Indian journal of veterinary science and animal husbandry - Volume 5,
Year: 1935
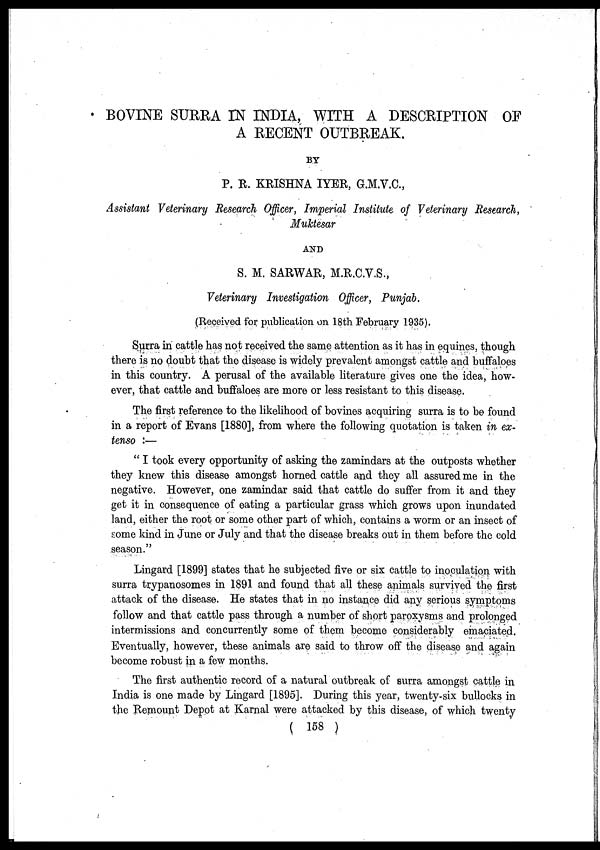
BOVINE SURRA IN INDIA, WITH A DESCRIPTION OF
A RECENT OUTBREAK.
BY
P. R. KRISHNA IYER, G.M.V.C.,
Assistant Veterinary Research Officer, Imperial Institute of Veterinary Research,
Muktesar
AND
S. M. SARWAR, M.R.C.V.S.,
Veterinary Investigation Officer, Punjab.
(Received for publication on 18th February 1935).
Surra in cattle has not received the same attention as it has in equines, though
there is no doubt that the disease is widely prevalent amongst cattle and buffaloes
in this country. A perusal of the available literature gives one the idea, how-
ever, that cattle and buffaloes are more or less resistant to this disease.
The first reference to the likelihood of bovines acquiring surra is to be found
in a report of Evans [1880], from where the following quotation is taken in ex¬
tenso :—
" I took every opportunity of asking the zamindars at the outposts whether
they knew this disease amongst horned cattle and they all assured me in the
negative. However, one zamindar said that cattle do suffer from it and they
get it in consequence of eating a particular grass which grows upon inundated
land, either the root or some other part of which, contains a worm or an insect of
some kind in June or July and that the disease breaks out in them before the cold
season."
Lingard [1899] states that he subjected five or six cattle to inoculation with
surra trypanosomes in 1891 and found that all these animals survived the first
attack of the disease. He states that in no instance did any serious symptoms
follow and that cattle pass through a number of short paroxysms and prolonged
intermissions and concurrently some of them become considerably emaciated.
Eventually, however, these animals are said to throw off the disease and again
become robust in a few months.
The first authentic record of a natural outbreak of surra amongst cattle in
India is one made by Lingard [1895]. During this year, twenty-six bullocks in
the Remount Depot at Karnal were attacked by this disease, of which twenty
( 158 )